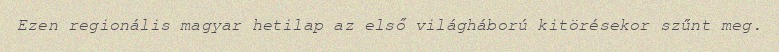
Ezen regionális magyar hetilap az első világháború kitörésekor szűnt meg.